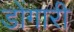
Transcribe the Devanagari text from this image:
डोंगारी